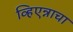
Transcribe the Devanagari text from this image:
व्हिएन्नाचा